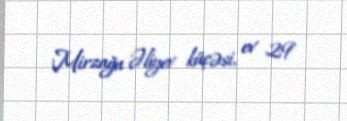
Mirzağa Əliyev küçəsi, ev 29